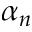
\alpha _ { n }